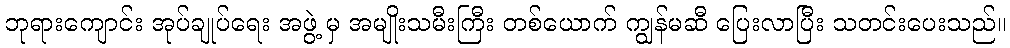
ဘုရားကျောင်း အုပ်ချုပ်ရေး အဖွဲ့ မှ အမျိုးသမီးကြီး တစ်ယောက် ကျွန်မဆီ ပြေးလာပြီး သတင်းပေးသည်။